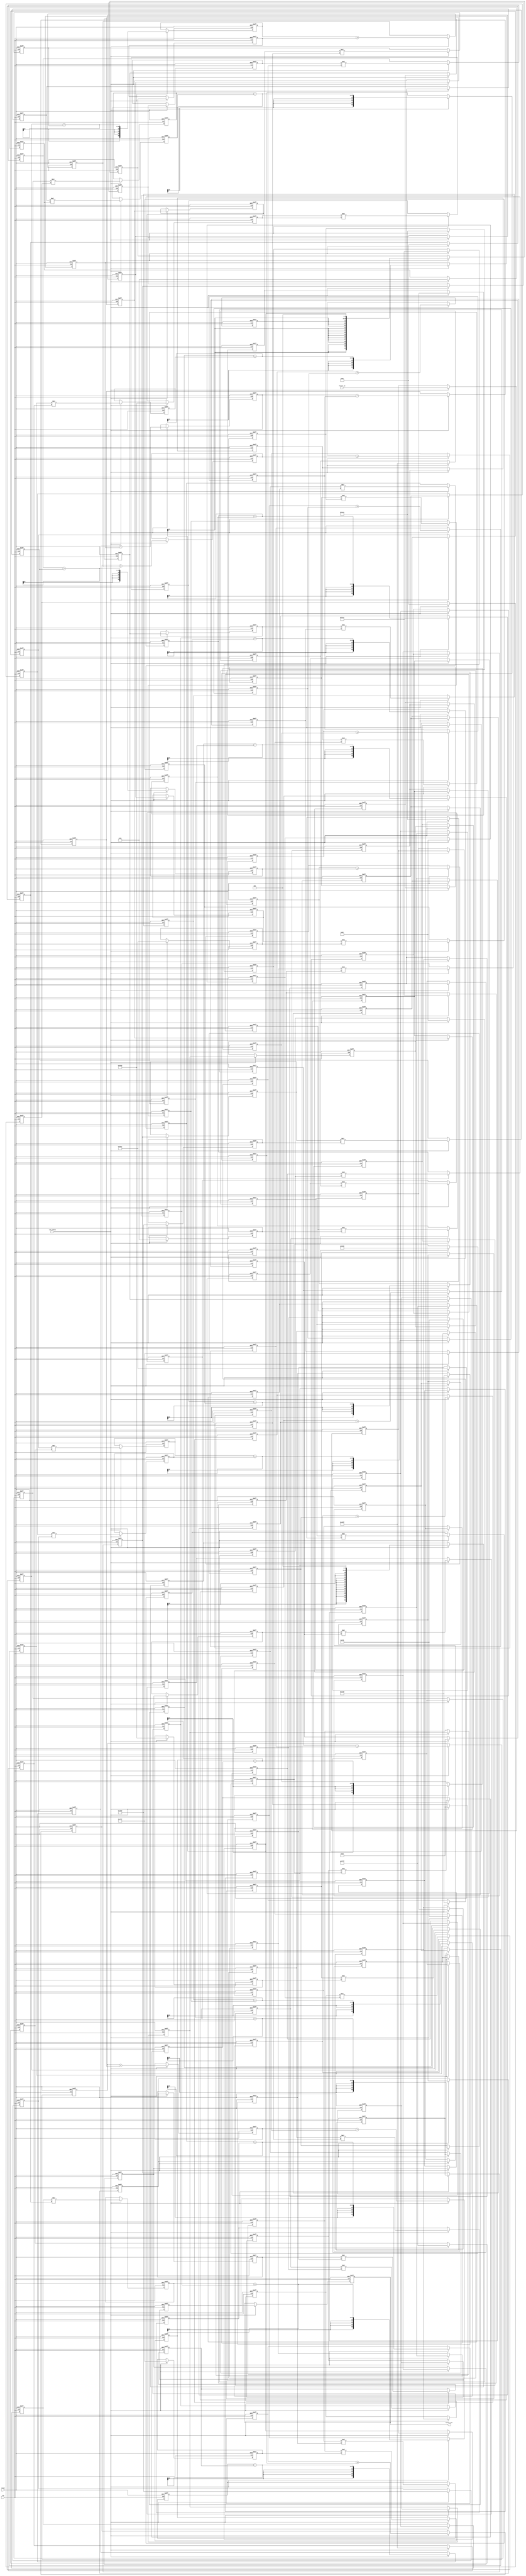
// -------------------------------------------------------------
//
// Module: fir_30_16b_1p
// Generated by MATLAB(R) 9.12 and Filter Design HDL Coder 3.1.11.
// Generated on: 2023-06-22 11:55:47
// -------------------------------------------------------------

// -------------------------------------------------------------
// HDL Code Generation Options:
//
// FIRAdderStyle: tree
// MultiplierInputPipeline: 1
// MultiplierOutputPipeline: 1
// OptimizeForHDL: on
// TargetDirectory: W:\Nikos\UTh\ \Project\FIR_30_Order\16b_fixed_point
// AddPipelineRegisters: on
// Name: fir_30_16b_1p
// InputDataType: numerictype(1,16,0)
// TargetLanguage: Verilog
// TestBenchName: fir_30_16b_1p_tb
// TestBenchStimulus: impulse step ramp chirp noise 

// Filter Specifications:
//
// Sample Rate     : 46 kHz
// Response        : Lowpass
// Specification   : N,Fp,Fst,Ap
// Stopband Edge   : 9.6 kHz
// Filter Order    : 30
// Passband Edge   : 8 kHz
// Passband Ripple : 60 dB
// -------------------------------------------------------------

// -------------------------------------------------------------
// HDL Implementation    : Fully parallel
// Folding Factor        : 1
// -------------------------------------------------------------
// Filter Settings:
//
// Discrete-Time FIR Filter (real)
// -------------------------------
// Filter Structure  : Direct-Form FIR
// Filter Length     : 31
// Stable            : Yes
// Linear Phase      : Yes (Type 1)
// Arithmetic        : fixed
// Numerator         : s16,16 -> [-5.000000e-01 5.000000e-01)
// -------------------------------------------------------------




`timescale 1 ns / 1 ns

module fir_30_16b_1p
               (
                clk,
                clk_enable,
                reset,
                filter_in,
                filter_out
                );

  input   clk; 
  input   clk_enable; 
  input   reset; 
  input   signed [15:0] filter_in; //sfix16
  output  signed [36:0] filter_out; //sfix37_En16

////////////////////////////////////////////////////////////////
//Module Architecture: fir_30_16b_1p
////////////////////////////////////////////////////////////////
  // Local Functions
  // Type Definitions
  // Constants
  parameter signed [15:0] coeff1 = 16'b0000000000001000; //sfix16_En16
  parameter signed [15:0] coeff2 = 16'b0000000000101101; //sfix16_En16
  parameter signed [15:0] coeff3 = 16'b0000000010000010; //sfix16_En16
  parameter signed [15:0] coeff4 = 16'b0000000011011110; //sfix16_En16
  parameter signed [15:0] coeff5 = 16'b0000000010001010; //sfix16_En16
  parameter signed [15:0] coeff6 = 16'b1111111000011100; //sfix16_En16
  parameter signed [15:0] coeff7 = 16'b1111011111111111; //sfix16_En16
  parameter signed [15:0] coeff8 = 16'b1110110110111000; //sfix16_En16
  parameter signed [15:0] coeff9 = 16'b1110000101101001; //sfix16_En16
  parameter signed [15:0] coeff10 = 16'b1101100001001100; //sfix16_En16
  parameter signed [15:0] coeff11 = 16'b1101100100101011; //sfix16_En16
  parameter signed [15:0] coeff12 = 16'b1110100011010111; //sfix16_En16
  parameter signed [15:0] coeff13 = 16'b0000011001111000; //sfix16_En16
  parameter signed [15:0] coeff14 = 16'b0010101000011110; //sfix16_En16
  parameter signed [15:0] coeff15 = 16'b0100011101000111; //sfix16_En16
  parameter signed [15:0] coeff16 = 16'b0101001010001001; //sfix16_En16
  parameter signed [15:0] coeff17 = 16'b0100011101000111; //sfix16_En16
  parameter signed [15:0] coeff18 = 16'b0010101000011110; //sfix16_En16
  parameter signed [15:0] coeff19 = 16'b0000011001111000; //sfix16_En16
  parameter signed [15:0] coeff20 = 16'b1110100011010111; //sfix16_En16
  parameter signed [15:0] coeff21 = 16'b1101100100101011; //sfix16_En16
  parameter signed [15:0] coeff22 = 16'b1101100001001100; //sfix16_En16
  parameter signed [15:0] coeff23 = 16'b1110000101101001; //sfix16_En16
  parameter signed [15:0] coeff24 = 16'b1110110110111000; //sfix16_En16
  parameter signed [15:0] coeff25 = 16'b1111011111111111; //sfix16_En16
  parameter signed [15:0] coeff26 = 16'b1111111000011100; //sfix16_En16
  parameter signed [15:0] coeff27 = 16'b0000000010001010; //sfix16_En16
  parameter signed [15:0] coeff28 = 16'b0000000011011110; //sfix16_En16
  parameter signed [15:0] coeff29 = 16'b0000000010000010; //sfix16_En16
  parameter signed [15:0] coeff30 = 16'b0000000000101101; //sfix16_En16
  parameter signed [15:0] coeff31 = 16'b0000000000001000; //sfix16_En16

  // Signals
  reg  signed [15:0] delay_pipeline [0:30] ; // sfix16
  reg  signed [31:0] product31; // sfix32_En16
  reg  signed [15:0] delay_pipeline_30_pipe; // sfix16
  wire signed [31:0] product31_pipe; // sfix32_En16
  wire signed [31:0] product30; // sfix32_En16
  reg  signed [15:0] delay_pipeline_29_under_pipe; // sfix16
  reg  signed [15:0] coeff30_pipe; // sfix16_En16
  reg  signed [31:0] product30_pipe; // sfix32_En16
  wire signed [31:0] product29; // sfix32_En16
  reg  signed [15:0] delay_pipeline_28_under_pipe; // sfix16
  reg  signed [15:0] coeff29_pipe; // sfix16_En16
  reg  signed [31:0] product29_pipe; // sfix32_En16
  wire signed [31:0] product28; // sfix32_En16
  reg  signed [15:0] delay_pipeline_27_under_pipe; // sfix16
  reg  signed [15:0] coeff28_pipe; // sfix16_En16
  reg  signed [31:0] product28_pipe; // sfix32_En16
  wire signed [31:0] product27; // sfix32_En16
  reg  signed [15:0] delay_pipeline_26_under_pipe; // sfix16
  reg  signed [15:0] coeff27_pipe; // sfix16_En16
  reg  signed [31:0] product27_pipe; // sfix32_En16
  wire signed [31:0] product26; // sfix32_En16
  reg  signed [15:0] delay_pipeline_25_under_pipe; // sfix16
  reg  signed [15:0] coeff26_pipe; // sfix16_En16
  reg  signed [31:0] product26_pipe; // sfix32_En16
  wire signed [31:0] product25; // sfix32_En16
  reg  signed [15:0] delay_pipeline_24_under_pipe; // sfix16
  reg  signed [15:0] coeff25_pipe; // sfix16_En16
  reg  signed [31:0] product25_pipe; // sfix32_En16
  wire signed [31:0] product24; // sfix32_En16
  reg  signed [15:0] delay_pipeline_23_under_pipe; // sfix16
  reg  signed [15:0] coeff24_pipe; // sfix16_En16
  reg  signed [31:0] product24_pipe; // sfix32_En16
  wire signed [31:0] product23; // sfix32_En16
  reg  signed [15:0] delay_pipeline_22_under_pipe; // sfix16
  reg  signed [15:0] coeff23_pipe; // sfix16_En16
  reg  signed [31:0] product23_pipe; // sfix32_En16
  wire signed [31:0] product22; // sfix32_En16
  reg  signed [15:0] delay_pipeline_21_under_pipe; // sfix16
  reg  signed [15:0] coeff22_pipe; // sfix16_En16
  reg  signed [31:0] product22_pipe; // sfix32_En16
  wire signed [31:0] product21; // sfix32_En16
  reg  signed [15:0] delay_pipeline_20_under_pipe; // sfix16
  reg  signed [15:0] coeff21_pipe; // sfix16_En16
  reg  signed [31:0] product21_pipe; // sfix32_En16
  wire signed [31:0] product20; // sfix32_En16
  reg  signed [15:0] delay_pipeline_19_under_pipe; // sfix16
  reg  signed [15:0] coeff20_pipe; // sfix16_En16
  reg  signed [31:0] product20_pipe; // sfix32_En16
  wire signed [31:0] product19; // sfix32_En16
  reg  signed [15:0] delay_pipeline_18_under_pipe; // sfix16
  reg  signed [15:0] coeff19_pipe; // sfix16_En16
  reg  signed [31:0] product19_pipe; // sfix32_En16
  wire signed [31:0] product18; // sfix32_En16
  reg  signed [15:0] delay_pipeline_17_under_pipe; // sfix16
  reg  signed [15:0] coeff18_pipe; // sfix16_En16
  reg  signed [31:0] product18_pipe; // sfix32_En16
  wire signed [31:0] product17; // sfix32_En16
  reg  signed [15:0] delay_pipeline_16_under_pipe; // sfix16
  reg  signed [15:0] coeff17_pipe; // sfix16_En16
  reg  signed [31:0] product17_pipe; // sfix32_En16
  wire signed [31:0] product16; // sfix32_En16
  reg  signed [15:0] delay_pipeline_15_under_pipe; // sfix16
  reg  signed [15:0] coeff16_pipe; // sfix16_En16
  reg  signed [31:0] product16_pipe; // sfix32_En16
  wire signed [31:0] product15; // sfix32_En16
  reg  signed [15:0] delay_pipeline_14_under_pipe; // sfix16
  reg  signed [15:0] coeff15_pipe; // sfix16_En16
  reg  signed [31:0] product15_pipe; // sfix32_En16
  wire signed [31:0] product14; // sfix32_En16
  reg  signed [15:0] delay_pipeline_13_under_pipe; // sfix16
  reg  signed [15:0] coeff14_pipe; // sfix16_En16
  reg  signed [31:0] product14_pipe; // sfix32_En16
  wire signed [31:0] product13; // sfix32_En16
  reg  signed [15:0] delay_pipeline_12_under_pipe; // sfix16
  reg  signed [15:0] coeff13_pipe; // sfix16_En16
  reg  signed [31:0] product13_pipe; // sfix32_En16
  wire signed [31:0] product12; // sfix32_En16
  reg  signed [15:0] delay_pipeline_11_under_pipe; // sfix16
  reg  signed [15:0] coeff12_pipe; // sfix16_En16
  reg  signed [31:0] product12_pipe; // sfix32_En16
  wire signed [31:0] product11; // sfix32_En16
  reg  signed [15:0] delay_pipeline_10_under_pipe; // sfix16
  reg  signed [15:0] coeff11_pipe; // sfix16_En16
  reg  signed [31:0] product11_pipe; // sfix32_En16
  wire signed [31:0] product10; // sfix32_En16
  reg  signed [15:0] delay_pipeline_9_under_pipe; // sfix16
  reg  signed [15:0] coeff10_pipe; // sfix16_En16
  reg  signed [31:0] product10_pipe; // sfix32_En16
  wire signed [31:0] product9; // sfix32_En16
  reg  signed [15:0] delay_pipeline_8_under_pipe; // sfix16
  reg  signed [15:0] coeff9_pipe; // sfix16_En16
  reg  signed [31:0] product9_pipe; // sfix32_En16
  wire signed [31:0] product8; // sfix32_En16
  reg  signed [15:0] delay_pipeline_7_under_pipe; // sfix16
  reg  signed [15:0] coeff8_pipe; // sfix16_En16
  reg  signed [31:0] product8_pipe; // sfix32_En16
  wire signed [31:0] product7; // sfix32_En16
  reg  signed [15:0] delay_pipeline_6_under_pipe; // sfix16
  reg  signed [15:0] coeff7_pipe; // sfix16_En16
  reg  signed [31:0] product7_pipe; // sfix32_En16
  wire signed [31:0] product6; // sfix32_En16
  reg  signed [15:0] delay_pipeline_5_under_pipe; // sfix16
  reg  signed [15:0] coeff6_pipe; // sfix16_En16
  reg  signed [31:0] product6_pipe; // sfix32_En16
  wire signed [31:0] product5; // sfix32_En16
  reg  signed [15:0] delay_pipeline_4_under_pipe; // sfix16
  reg  signed [15:0] coeff5_pipe; // sfix16_En16
  reg  signed [31:0] product5_pipe; // sfix32_En16
  wire signed [31:0] product4; // sfix32_En16
  reg  signed [15:0] delay_pipeline_3_under_pipe; // sfix16
  reg  signed [15:0] coeff4_pipe; // sfix16_En16
  reg  signed [31:0] product4_pipe; // sfix32_En16
  wire signed [31:0] product3; // sfix32_En16
  reg  signed [15:0] delay_pipeline_2_under_pipe; // sfix16
  reg  signed [15:0] coeff3_pipe; // sfix16_En16
  reg  signed [31:0] product3_pipe; // sfix32_En16
  wire signed [31:0] product2; // sfix32_En16
  reg  signed [15:0] delay_pipeline_1_under_pipe; // sfix16
  reg  signed [15:0] coeff2_pipe; // sfix16_En16
  reg  signed [31:0] product2_pipe; // sfix32_En16
  reg  signed [31:0] product1; // sfix32_En16
  reg  signed [15:0] delay_pipeline_0_pipe; // sfix16
  wire signed [31:0] product1_pipe; // sfix32_En16
  wire signed [36:0] sum_final; // sfix37_En16
  wire signed [36:0] sum1_1; // sfix37_En16
  wire signed [31:0] add_signext; // sfix32_En16
  wire signed [31:0] add_signext_1; // sfix32_En16
  wire signed [32:0] add_temp; // sfix33_En16
  reg  signed [36:0] sumpipe1_1; // sfix37_En16
  wire signed [36:0] sum1_2; // sfix37_En16
  wire signed [31:0] add_signext_2; // sfix32_En16
  wire signed [31:0] add_signext_3; // sfix32_En16
  wire signed [32:0] add_temp_1; // sfix33_En16
  reg  signed [36:0] sumpipe1_2; // sfix37_En16
  wire signed [36:0] sum1_3; // sfix37_En16
  wire signed [31:0] add_signext_4; // sfix32_En16
  wire signed [31:0] add_signext_5; // sfix32_En16
  wire signed [32:0] add_temp_2; // sfix33_En16
  reg  signed [36:0] sumpipe1_3; // sfix37_En16
  wire signed [36:0] sum1_4; // sfix37_En16
  wire signed [31:0] add_signext_6; // sfix32_En16
  wire signed [31:0] add_signext_7; // sfix32_En16
  wire signed [32:0] add_temp_3; // sfix33_En16
  reg  signed [36:0] sumpipe1_4; // sfix37_En16
  wire signed [36:0] sum1_5; // sfix37_En16
  wire signed [31:0] add_signext_8; // sfix32_En16
  wire signed [31:0] add_signext_9; // sfix32_En16
  wire signed [32:0] add_temp_4; // sfix33_En16
  reg  signed [36:0] sumpipe1_5; // sfix37_En16
  wire signed [36:0] sum1_6; // sfix37_En16
  wire signed [31:0] add_signext_10; // sfix32_En16
  wire signed [31:0] add_signext_11; // sfix32_En16
  wire signed [32:0] add_temp_5; // sfix33_En16
  reg  signed [36:0] sumpipe1_6; // sfix37_En16
  wire signed [36:0] sum1_7; // sfix37_En16
  wire signed [31:0] add_signext_12; // sfix32_En16
  wire signed [31:0] add_signext_13; // sfix32_En16
  wire signed [32:0] add_temp_6; // sfix33_En16
  reg  signed [36:0] sumpipe1_7; // sfix37_En16
  wire signed [36:0] sum1_8; // sfix37_En16
  wire signed [31:0] add_signext_14; // sfix32_En16
  wire signed [31:0] add_signext_15; // sfix32_En16
  wire signed [32:0] add_temp_7; // sfix33_En16
  reg  signed [36:0] sumpipe1_8; // sfix37_En16
  wire signed [36:0] sum1_9; // sfix37_En16
  wire signed [31:0] add_signext_16; // sfix32_En16
  wire signed [31:0] add_signext_17; // sfix32_En16
  wire signed [32:0] add_temp_8; // sfix33_En16
  reg  signed [36:0] sumpipe1_9; // sfix37_En16
  wire signed [36:0] sum1_10; // sfix37_En16
  wire signed [31:0] add_signext_18; // sfix32_En16
  wire signed [31:0] add_signext_19; // sfix32_En16
  wire signed [32:0] add_temp_9; // sfix33_En16
  reg  signed [36:0] sumpipe1_10; // sfix37_En16
  wire signed [36:0] sum1_11; // sfix37_En16
  wire signed [31:0] add_signext_20; // sfix32_En16
  wire signed [31:0] add_signext_21; // sfix32_En16
  wire signed [32:0] add_temp_10; // sfix33_En16
  reg  signed [36:0] sumpipe1_11; // sfix37_En16
  wire signed [36:0] sum1_12; // sfix37_En16
  wire signed [31:0] add_signext_22; // sfix32_En16
  wire signed [31:0] add_signext_23; // sfix32_En16
  wire signed [32:0] add_temp_11; // sfix33_En16
  reg  signed [36:0] sumpipe1_12; // sfix37_En16
  wire signed [36:0] sum1_13; // sfix37_En16
  wire signed [31:0] add_signext_24; // sfix32_En16
  wire signed [31:0] add_signext_25; // sfix32_En16
  wire signed [32:0] add_temp_12; // sfix33_En16
  reg  signed [36:0] sumpipe1_13; // sfix37_En16
  wire signed [36:0] sum1_14; // sfix37_En16
  wire signed [31:0] add_signext_26; // sfix32_En16
  wire signed [31:0] add_signext_27; // sfix32_En16
  wire signed [32:0] add_temp_13; // sfix33_En16
  reg  signed [36:0] sumpipe1_14; // sfix37_En16
  wire signed [36:0] sum1_15; // sfix37_En16
  wire signed [31:0] add_signext_28; // sfix32_En16
  wire signed [31:0] add_signext_29; // sfix32_En16
  wire signed [32:0] add_temp_14; // sfix33_En16
  reg  signed [36:0] sumpipe1_15; // sfix37_En16
  reg  signed [31:0] sumpipe1_16; // sfix32_En16
  wire signed [36:0] sum2_1; // sfix37_En16
  wire signed [36:0] add_signext_30; // sfix37_En16
  wire signed [36:0] add_signext_31; // sfix37_En16
  wire signed [37:0] add_temp_15; // sfix38_En16
  reg  signed [36:0] sumpipe2_1; // sfix37_En16
  wire signed [36:0] sum2_2; // sfix37_En16
  wire signed [36:0] add_signext_32; // sfix37_En16
  wire signed [36:0] add_signext_33; // sfix37_En16
  wire signed [37:0] add_temp_16; // sfix38_En16
  reg  signed [36:0] sumpipe2_2; // sfix37_En16
  wire signed [36:0] sum2_3; // sfix37_En16
  wire signed [36:0] add_signext_34; // sfix37_En16
  wire signed [36:0] add_signext_35; // sfix37_En16
  wire signed [37:0] add_temp_17; // sfix38_En16
  reg  signed [36:0] sumpipe2_3; // sfix37_En16
  wire signed [36:0] sum2_4; // sfix37_En16
  wire signed [36:0] add_signext_36; // sfix37_En16
  wire signed [36:0] add_signext_37; // sfix37_En16
  wire signed [37:0] add_temp_18; // sfix38_En16
  reg  signed [36:0] sumpipe2_4; // sfix37_En16
  wire signed [36:0] sum2_5; // sfix37_En16
  wire signed [36:0] add_signext_38; // sfix37_En16
  wire signed [36:0] add_signext_39; // sfix37_En16
  wire signed [37:0] add_temp_19; // sfix38_En16
  reg  signed [36:0] sumpipe2_5; // sfix37_En16
  wire signed [36:0] sum2_6; // sfix37_En16
  wire signed [36:0] add_signext_40; // sfix37_En16
  wire signed [36:0] add_signext_41; // sfix37_En16
  wire signed [37:0] add_temp_20; // sfix38_En16
  reg  signed [36:0] sumpipe2_6; // sfix37_En16
  wire signed [36:0] sum2_7; // sfix37_En16
  wire signed [36:0] add_signext_42; // sfix37_En16
  wire signed [36:0] add_signext_43; // sfix37_En16
  wire signed [37:0] add_temp_21; // sfix38_En16
  reg  signed [36:0] sumpipe2_7; // sfix37_En16
  wire signed [36:0] sum2_8; // sfix37_En16
  wire signed [36:0] add_signext_44; // sfix37_En16
  wire signed [36:0] add_signext_45; // sfix37_En16
  wire signed [37:0] add_temp_22; // sfix38_En16
  reg  signed [36:0] sumpipe2_8; // sfix37_En16
  wire signed [36:0] sum3_1; // sfix37_En16
  wire signed [36:0] add_signext_46; // sfix37_En16
  wire signed [36:0] add_signext_47; // sfix37_En16
  wire signed [37:0] add_temp_23; // sfix38_En16
  reg  signed [36:0] sumpipe3_1; // sfix37_En16
  wire signed [36:0] sum3_2; // sfix37_En16
  wire signed [36:0] add_signext_48; // sfix37_En16
  wire signed [36:0] add_signext_49; // sfix37_En16
  wire signed [37:0] add_temp_24; // sfix38_En16
  reg  signed [36:0] sumpipe3_2; // sfix37_En16
  wire signed [36:0] sum3_3; // sfix37_En16
  wire signed [36:0] add_signext_50; // sfix37_En16
  wire signed [36:0] add_signext_51; // sfix37_En16
  wire signed [37:0] add_temp_25; // sfix38_En16
  reg  signed [36:0] sumpipe3_3; // sfix37_En16
  wire signed [36:0] sum3_4; // sfix37_En16
  wire signed [36:0] add_signext_52; // sfix37_En16
  wire signed [36:0] add_signext_53; // sfix37_En16
  wire signed [37:0] add_temp_26; // sfix38_En16
  reg  signed [36:0] sumpipe3_4; // sfix37_En16
  wire signed [36:0] sum4_1; // sfix37_En16
  wire signed [36:0] add_signext_54; // sfix37_En16
  wire signed [36:0] add_signext_55; // sfix37_En16
  wire signed [37:0] add_temp_27; // sfix38_En16
  reg  signed [36:0] sumpipe4_1; // sfix37_En16
  wire signed [36:0] sum4_2; // sfix37_En16
  wire signed [36:0] add_signext_56; // sfix37_En16
  wire signed [36:0] add_signext_57; // sfix37_En16
  wire signed [37:0] add_temp_28; // sfix38_En16
  reg  signed [36:0] sumpipe4_2; // sfix37_En16
  wire signed [36:0] sum5_1; // sfix37_En16
  wire signed [36:0] add_signext_58; // sfix37_En16
  wire signed [36:0] add_signext_59; // sfix37_En16
  wire signed [37:0] add_temp_29; // sfix38_En16
  reg  signed [36:0] sumpipe5_1; // sfix37_En16
  reg  signed [36:0] output_register; // sfix37_En16

  // Block Statements
  always @( posedge clk or posedge reset)
    begin: Delay_Pipeline_process
      if (reset == 1'b1) begin
        delay_pipeline[0] <= 0;
        delay_pipeline[1] <= 0;
        delay_pipeline[2] <= 0;
        delay_pipeline[3] <= 0;
        delay_pipeline[4] <= 0;
        delay_pipeline[5] <= 0;
        delay_pipeline[6] <= 0;
        delay_pipeline[7] <= 0;
        delay_pipeline[8] <= 0;
        delay_pipeline[9] <= 0;
        delay_pipeline[10] <= 0;
        delay_pipeline[11] <= 0;
        delay_pipeline[12] <= 0;
        delay_pipeline[13] <= 0;
        delay_pipeline[14] <= 0;
        delay_pipeline[15] <= 0;
        delay_pipeline[16] <= 0;
        delay_pipeline[17] <= 0;
        delay_pipeline[18] <= 0;
        delay_pipeline[19] <= 0;
        delay_pipeline[20] <= 0;
        delay_pipeline[21] <= 0;
        delay_pipeline[22] <= 0;
        delay_pipeline[23] <= 0;
        delay_pipeline[24] <= 0;
        delay_pipeline[25] <= 0;
        delay_pipeline[26] <= 0;
        delay_pipeline[27] <= 0;
        delay_pipeline[28] <= 0;
        delay_pipeline[29] <= 0;
        delay_pipeline[30] <= 0;
      end
      else begin
        if (clk_enable == 1'b1) begin
          delay_pipeline[0] <= filter_in;
          delay_pipeline[1] <= delay_pipeline[0];
          delay_pipeline[2] <= delay_pipeline[1];
          delay_pipeline[3] <= delay_pipeline[2];
          delay_pipeline[4] <= delay_pipeline[3];
          delay_pipeline[5] <= delay_pipeline[4];
          delay_pipeline[6] <= delay_pipeline[5];
          delay_pipeline[7] <= delay_pipeline[6];
          delay_pipeline[8] <= delay_pipeline[7];
          delay_pipeline[9] <= delay_pipeline[8];
          delay_pipeline[10] <= delay_pipeline[9];
          delay_pipeline[11] <= delay_pipeline[10];
          delay_pipeline[12] <= delay_pipeline[11];
          delay_pipeline[13] <= delay_pipeline[12];
          delay_pipeline[14] <= delay_pipeline[13];
          delay_pipeline[15] <= delay_pipeline[14];
          delay_pipeline[16] <= delay_pipeline[15];
          delay_pipeline[17] <= delay_pipeline[16];
          delay_pipeline[18] <= delay_pipeline[17];
          delay_pipeline[19] <= delay_pipeline[18];
          delay_pipeline[20] <= delay_pipeline[19];
          delay_pipeline[21] <= delay_pipeline[20];
          delay_pipeline[22] <= delay_pipeline[21];
          delay_pipeline[23] <= delay_pipeline[22];
          delay_pipeline[24] <= delay_pipeline[23];
          delay_pipeline[25] <= delay_pipeline[24];
          delay_pipeline[26] <= delay_pipeline[25];
          delay_pipeline[27] <= delay_pipeline[26];
          delay_pipeline[28] <= delay_pipeline[27];
          delay_pipeline[29] <= delay_pipeline[28];
          delay_pipeline[30] <= delay_pipeline[29];
        end
      end
    end // Delay_Pipeline_process


  always @ (posedge clk or posedge reset)
    begin: temp_process1
      if (reset == 1'b1) begin
        delay_pipeline_30_pipe <= 0;
      end
      else begin
        if (clk_enable == 1'b1) begin
          delay_pipeline_30_pipe <= delay_pipeline[30];
        end
      end
    end // temp_process1
  always @ (posedge clk or posedge reset)
    begin: temp_process2
      if (reset == 1'b1) begin
        product31 <= 0;
      end
      else begin
        if (clk_enable == 1'b1) begin
          product31 <= product31_pipe;
        end
      end
    end // temp_process2
  assign product31_pipe = $signed({delay_pipeline_30_pipe[15:0], 3'b000});

  always @ (posedge clk or posedge reset)
    begin: temp_process3
      if (reset == 1'b1) begin
        delay_pipeline_29_under_pipe <= 0;
        coeff30_pipe <= 0;
        product30_pipe <= 0;
      end
      else begin
        if (clk_enable == 1'b1) begin
          delay_pipeline_29_under_pipe <= delay_pipeline[29];
          coeff30_pipe <= coeff30;

          product30_pipe <= delay_pipeline_29_under_pipe * coeff30_pipe;

        end
      end
    end // temp_process3

  assign product30 = product30_pipe;

  always @ (posedge clk or posedge reset)
    begin: temp_process4
      if (reset == 1'b1) begin
        delay_pipeline_28_under_pipe <= 0;
        coeff29_pipe <= 0;
        product29_pipe <= 0;
      end
      else begin
        if (clk_enable == 1'b1) begin
          delay_pipeline_28_under_pipe <= delay_pipeline[28];
          coeff29_pipe <= coeff29;

          product29_pipe <= delay_pipeline_28_under_pipe * coeff29_pipe;

        end
      end
    end // temp_process4

  assign product29 = product29_pipe;

  always @ (posedge clk or posedge reset)
    begin: temp_process5
      if (reset == 1'b1) begin
        delay_pipeline_27_under_pipe <= 0;
        coeff28_pipe <= 0;
        product28_pipe <= 0;
      end
      else begin
        if (clk_enable == 1'b1) begin
          delay_pipeline_27_under_pipe <= delay_pipeline[27];
          coeff28_pipe <= coeff28;

          product28_pipe <= delay_pipeline_27_under_pipe * coeff28_pipe;

        end
      end
    end // temp_process5

  assign product28 = product28_pipe;

  always @ (posedge clk or posedge reset)
    begin: temp_process6
      if (reset == 1'b1) begin
        delay_pipeline_26_under_pipe <= 0;
        coeff27_pipe <= 0;
        product27_pipe <= 0;
      end
      else begin
        if (clk_enable == 1'b1) begin
          delay_pipeline_26_under_pipe <= delay_pipeline[26];
          coeff27_pipe <= coeff27;

          product27_pipe <= delay_pipeline_26_under_pipe * coeff27_pipe;

        end
      end
    end // temp_process6

  assign product27 = product27_pipe;

  always @ (posedge clk or posedge reset)
    begin: temp_process7
      if (reset == 1'b1) begin
        delay_pipeline_25_under_pipe <= 0;
        coeff26_pipe <= 0;
        product26_pipe <= 0;
      end
      else begin
        if (clk_enable == 1'b1) begin
          delay_pipeline_25_under_pipe <= delay_pipeline[25];
          coeff26_pipe <= coeff26;

          product26_pipe <= delay_pipeline_25_under_pipe * coeff26_pipe;

        end
      end
    end // temp_process7

  assign product26 = product26_pipe;

  always @ (posedge clk or posedge reset)
    begin: temp_process8
      if (reset == 1'b1) begin
        delay_pipeline_24_under_pipe <= 0;
        coeff25_pipe <= 0;
        product25_pipe <= 0;
      end
      else begin
        if (clk_enable == 1'b1) begin
          delay_pipeline_24_under_pipe <= delay_pipeline[24];
          coeff25_pipe <= coeff25;

          product25_pipe <= delay_pipeline_24_under_pipe * coeff25_pipe;

        end
      end
    end // temp_process8

  assign product25 = product25_pipe;

  always @ (posedge clk or posedge reset)
    begin: temp_process9
      if (reset == 1'b1) begin
        delay_pipeline_23_under_pipe <= 0;
        coeff24_pipe <= 0;
        product24_pipe <= 0;
      end
      else begin
        if (clk_enable == 1'b1) begin
          delay_pipeline_23_under_pipe <= delay_pipeline[23];
          coeff24_pipe <= coeff24;

          product24_pipe <= delay_pipeline_23_under_pipe * coeff24_pipe;

        end
      end
    end // temp_process9

  assign product24 = product24_pipe;

  always @ (posedge clk or posedge reset)
    begin: temp_process10
      if (reset == 1'b1) begin
        delay_pipeline_22_under_pipe <= 0;
        coeff23_pipe <= 0;
        product23_pipe <= 0;
      end
      else begin
        if (clk_enable == 1'b1) begin
          delay_pipeline_22_under_pipe <= delay_pipeline[22];
          coeff23_pipe <= coeff23;

          product23_pipe <= delay_pipeline_22_under_pipe * coeff23_pipe;

        end
      end
    end // temp_process10

  assign product23 = product23_pipe;

  always @ (posedge clk or posedge reset)
    begin: temp_process11
      if (reset == 1'b1) begin
        delay_pipeline_21_under_pipe <= 0;
        coeff22_pipe <= 0;
        product22_pipe <= 0;
      end
      else begin
        if (clk_enable == 1'b1) begin
          delay_pipeline_21_under_pipe <= delay_pipeline[21];
          coeff22_pipe <= coeff22;

          product22_pipe <= delay_pipeline_21_under_pipe * coeff22_pipe;

        end
      end
    end // temp_process11

  assign product22 = product22_pipe;

  always @ (posedge clk or posedge reset)
    begin: temp_process12
      if (reset == 1'b1) begin
        delay_pipeline_20_under_pipe <= 0;
        coeff21_pipe <= 0;
        product21_pipe <= 0;
      end
      else begin
        if (clk_enable == 1'b1) begin
          delay_pipeline_20_under_pipe <= delay_pipeline[20];
          coeff21_pipe <= coeff21;

          product21_pipe <= delay_pipeline_20_under_pipe * coeff21_pipe;

        end
      end
    end // temp_process12

  assign product21 = product21_pipe;

  always @ (posedge clk or posedge reset)
    begin: temp_process13
      if (reset == 1'b1) begin
        delay_pipeline_19_under_pipe <= 0;
        coeff20_pipe <= 0;
        product20_pipe <= 0;
      end
      else begin
        if (clk_enable == 1'b1) begin
          delay_pipeline_19_under_pipe <= delay_pipeline[19];
          coeff20_pipe <= coeff20;

          product20_pipe <= delay_pipeline_19_under_pipe * coeff20_pipe;

        end
      end
    end // temp_process13

  assign product20 = product20_pipe;

  always @ (posedge clk or posedge reset)
    begin: temp_process14
      if (reset == 1'b1) begin
        delay_pipeline_18_under_pipe <= 0;
        coeff19_pipe <= 0;
        product19_pipe <= 0;
      end
      else begin
        if (clk_enable == 1'b1) begin
          delay_pipeline_18_under_pipe <= delay_pipeline[18];
          coeff19_pipe <= coeff19;

          product19_pipe <= delay_pipeline_18_under_pipe * coeff19_pipe;

        end
      end
    end // temp_process14

  assign product19 = product19_pipe;

  always @ (posedge clk or posedge reset)
    begin: temp_process15
      if (reset == 1'b1) begin
        delay_pipeline_17_under_pipe <= 0;
        coeff18_pipe <= 0;
        product18_pipe <= 0;
      end
      else begin
        if (clk_enable == 1'b1) begin
          delay_pipeline_17_under_pipe <= delay_pipeline[17];
          coeff18_pipe <= coeff18;

          product18_pipe <= delay_pipeline_17_under_pipe * coeff18_pipe;

        end
      end
    end // temp_process15

  assign product18 = product18_pipe;

  always @ (posedge clk or posedge reset)
    begin: temp_process16
      if (reset == 1'b1) begin
        delay_pipeline_16_under_pipe <= 0;
        coeff17_pipe <= 0;
        product17_pipe <= 0;
      end
      else begin
        if (clk_enable == 1'b1) begin
          delay_pipeline_16_under_pipe <= delay_pipeline[16];
          coeff17_pipe <= coeff17;

          product17_pipe <= delay_pipeline_16_under_pipe * coeff17_pipe;

        end
      end
    end // temp_process16

  assign product17 = product17_pipe;

  always @ (posedge clk or posedge reset)
    begin: temp_process17
      if (reset == 1'b1) begin
        delay_pipeline_15_under_pipe <= 0;
        coeff16_pipe <= 0;
        product16_pipe <= 0;
      end
      else begin
        if (clk_enable == 1'b1) begin
          delay_pipeline_15_under_pipe <= delay_pipeline[15];
          coeff16_pipe <= coeff16;

          product16_pipe <= delay_pipeline_15_under_pipe * coeff16_pipe;

        end
      end
    end // temp_process17

  assign product16 = product16_pipe;

  always @ (posedge clk or posedge reset)
    begin: temp_process18
      if (reset == 1'b1) begin
        delay_pipeline_14_under_pipe <= 0;
        coeff15_pipe <= 0;
        product15_pipe <= 0;
      end
      else begin
        if (clk_enable == 1'b1) begin
          delay_pipeline_14_under_pipe <= delay_pipeline[14];
          coeff15_pipe <= coeff15;

          product15_pipe <= delay_pipeline_14_under_pipe * coeff15_pipe;

        end
      end
    end // temp_process18

  assign product15 = product15_pipe;

  always @ (posedge clk or posedge reset)
    begin: temp_process19
      if (reset == 1'b1) begin
        delay_pipeline_13_under_pipe <= 0;
        coeff14_pipe <= 0;
        product14_pipe <= 0;
      end
      else begin
        if (clk_enable == 1'b1) begin
          delay_pipeline_13_under_pipe <= delay_pipeline[13];
          coeff14_pipe <= coeff14;

          product14_pipe <= delay_pipeline_13_under_pipe * coeff14_pipe;

        end
      end
    end // temp_process19

  assign product14 = product14_pipe;

  always @ (posedge clk or posedge reset)
    begin: temp_process20
      if (reset == 1'b1) begin
        delay_pipeline_12_under_pipe <= 0;
        coeff13_pipe <= 0;
        product13_pipe <= 0;
      end
      else begin
        if (clk_enable == 1'b1) begin
          delay_pipeline_12_under_pipe <= delay_pipeline[12];
          coeff13_pipe <= coeff13;

          product13_pipe <= delay_pipeline_12_under_pipe * coeff13_pipe;

        end
      end
    end // temp_process20

  assign product13 = product13_pipe;

  always @ (posedge clk or posedge reset)
    begin: temp_process21
      if (reset == 1'b1) begin
        delay_pipeline_11_under_pipe <= 0;
        coeff12_pipe <= 0;
        product12_pipe <= 0;
      end
      else begin
        if (clk_enable == 1'b1) begin
          delay_pipeline_11_under_pipe <= delay_pipeline[11];
          coeff12_pipe <= coeff12;

          product12_pipe <= delay_pipeline_11_under_pipe * coeff12_pipe;

        end
      end
    end // temp_process21

  assign product12 = product12_pipe;

  always @ (posedge clk or posedge reset)
    begin: temp_process22
      if (reset == 1'b1) begin
        delay_pipeline_10_under_pipe <= 0;
        coeff11_pipe <= 0;
        product11_pipe <= 0;
      end
      else begin
        if (clk_enable == 1'b1) begin
          delay_pipeline_10_under_pipe <= delay_pipeline[10];
          coeff11_pipe <= coeff11;

          product11_pipe <= delay_pipeline_10_under_pipe * coeff11_pipe;

        end
      end
    end // temp_process22

  assign product11 = product11_pipe;

  always @ (posedge clk or posedge reset)
    begin: temp_process23
      if (reset == 1'b1) begin
        delay_pipeline_9_under_pipe <= 0;
        coeff10_pipe <= 0;
        product10_pipe <= 0;
      end
      else begin
        if (clk_enable == 1'b1) begin
          delay_pipeline_9_under_pipe <= delay_pipeline[9];
          coeff10_pipe <= coeff10;

          product10_pipe <= delay_pipeline_9_under_pipe * coeff10_pipe;

        end
      end
    end // temp_process23

  assign product10 = product10_pipe;

  always @ (posedge clk or posedge reset)
    begin: temp_process24
      if (reset == 1'b1) begin
        delay_pipeline_8_under_pipe <= 0;
        coeff9_pipe <= 0;
        product9_pipe <= 0;
      end
      else begin
        if (clk_enable == 1'b1) begin
          delay_pipeline_8_under_pipe <= delay_pipeline[8];
          coeff9_pipe <= coeff9;

          product9_pipe <= delay_pipeline_8_under_pipe * coeff9_pipe;

        end
      end
    end // temp_process24

  assign product9 = product9_pipe;

  always @ (posedge clk or posedge reset)
    begin: temp_process25
      if (reset == 1'b1) begin
        delay_pipeline_7_under_pipe <= 0;
        coeff8_pipe <= 0;
        product8_pipe <= 0;
      end
      else begin
        if (clk_enable == 1'b1) begin
          delay_pipeline_7_under_pipe <= delay_pipeline[7];
          coeff8_pipe <= coeff8;

          product8_pipe <= delay_pipeline_7_under_pipe * coeff8_pipe;

        end
      end
    end // temp_process25

  assign product8 = product8_pipe;

  always @ (posedge clk or posedge reset)
    begin: temp_process26
      if (reset == 1'b1) begin
        delay_pipeline_6_under_pipe <= 0;
        coeff7_pipe <= 0;
        product7_pipe <= 0;
      end
      else begin
        if (clk_enable == 1'b1) begin
          delay_pipeline_6_under_pipe <= delay_pipeline[6];
          coeff7_pipe <= coeff7;

          product7_pipe <= delay_pipeline_6_under_pipe * coeff7_pipe;

        end
      end
    end // temp_process26

  assign product7 = product7_pipe;

  always @ (posedge clk or posedge reset)
    begin: temp_process27
      if (reset == 1'b1) begin
        delay_pipeline_5_under_pipe <= 0;
        coeff6_pipe <= 0;
        product6_pipe <= 0;
      end
      else begin
        if (clk_enable == 1'b1) begin
          delay_pipeline_5_under_pipe <= delay_pipeline[5];
          coeff6_pipe <= coeff6;

          product6_pipe <= delay_pipeline_5_under_pipe * coeff6_pipe;

        end
      end
    end // temp_process27

  assign product6 = product6_pipe;

  always @ (posedge clk or posedge reset)
    begin: temp_process28
      if (reset == 1'b1) begin
        delay_pipeline_4_under_pipe <= 0;
        coeff5_pipe <= 0;
        product5_pipe <= 0;
      end
      else begin
        if (clk_enable == 1'b1) begin
          delay_pipeline_4_under_pipe <= delay_pipeline[4];
          coeff5_pipe <= coeff5;

          product5_pipe <= delay_pipeline_4_under_pipe * coeff5_pipe;

        end
      end
    end // temp_process28

  assign product5 = product5_pipe;

  always @ (posedge clk or posedge reset)
    begin: temp_process29
      if (reset == 1'b1) begin
        delay_pipeline_3_under_pipe <= 0;
        coeff4_pipe <= 0;
        product4_pipe <= 0;
      end
      else begin
        if (clk_enable == 1'b1) begin
          delay_pipeline_3_under_pipe <= delay_pipeline[3];
          coeff4_pipe <= coeff4;

          product4_pipe <= delay_pipeline_3_under_pipe * coeff4_pipe;

        end
      end
    end // temp_process29

  assign product4 = product4_pipe;

  always @ (posedge clk or posedge reset)
    begin: temp_process30
      if (reset == 1'b1) begin
        delay_pipeline_2_under_pipe <= 0;
        coeff3_pipe <= 0;
        product3_pipe <= 0;
      end
      else begin
        if (clk_enable == 1'b1) begin
          delay_pipeline_2_under_pipe <= delay_pipeline[2];
          coeff3_pipe <= coeff3;

          product3_pipe <= delay_pipeline_2_under_pipe * coeff3_pipe;

        end
      end
    end // temp_process30

  assign product3 = product3_pipe;

  always @ (posedge clk or posedge reset)
    begin: temp_process31
      if (reset == 1'b1) begin
        delay_pipeline_1_under_pipe <= 0;
        coeff2_pipe <= 0;
        product2_pipe <= 0;
      end
      else begin
        if (clk_enable == 1'b1) begin
          delay_pipeline_1_under_pipe <= delay_pipeline[1];
          coeff2_pipe <= coeff2;

          product2_pipe <= delay_pipeline_1_under_pipe * coeff2_pipe;

        end
      end
    end // temp_process31

  assign product2 = product2_pipe;

  always @ (posedge clk or posedge reset)
    begin: temp_process32
      if (reset == 1'b1) begin
        delay_pipeline_0_pipe <= 0;
      end
      else begin
        if (clk_enable == 1'b1) begin
          delay_pipeline_0_pipe <= delay_pipeline[0];
        end
      end
    end // temp_process32
  always @ (posedge clk or posedge reset)
    begin: temp_process33
      if (reset == 1'b1) begin
        product1 <= 0;
      end
      else begin
        if (clk_enable == 1'b1) begin
          product1 <= product1_pipe;
        end
      end
    end // temp_process33
  assign product1_pipe = $signed({delay_pipeline_0_pipe[15:0], 3'b000});

  assign add_signext = product31;
  assign add_signext_1 = product30;
  assign add_temp = add_signext + add_signext_1;
  assign sum1_1 = $signed({{4{add_temp[32]}}, add_temp});

  assign add_signext_2 = product29;
  assign add_signext_3 = product28;
  assign add_temp_1 = add_signext_2 + add_signext_3;
  assign sum1_2 = $signed({{4{add_temp_1[32]}}, add_temp_1});

  assign add_signext_4 = product27;
  assign add_signext_5 = product26;
  assign add_temp_2 = add_signext_4 + add_signext_5;
  assign sum1_3 = $signed({{4{add_temp_2[32]}}, add_temp_2});

  assign add_signext_6 = product25;
  assign add_signext_7 = product24;
  assign add_temp_3 = add_signext_6 + add_signext_7;
  assign sum1_4 = $signed({{4{add_temp_3[32]}}, add_temp_3});

  assign add_signext_8 = product23;
  assign add_signext_9 = product22;
  assign add_temp_4 = add_signext_8 + add_signext_9;
  assign sum1_5 = $signed({{4{add_temp_4[32]}}, add_temp_4});

  assign add_signext_10 = product21;
  assign add_signext_11 = product20;
  assign add_temp_5 = add_signext_10 + add_signext_11;
  assign sum1_6 = $signed({{4{add_temp_5[32]}}, add_temp_5});

  assign add_signext_12 = product19;
  assign add_signext_13 = product18;
  assign add_temp_6 = add_signext_12 + add_signext_13;
  assign sum1_7 = $signed({{4{add_temp_6[32]}}, add_temp_6});

  assign add_signext_14 = product17;
  assign add_signext_15 = product16;
  assign add_temp_7 = add_signext_14 + add_signext_15;
  assign sum1_8 = $signed({{4{add_temp_7[32]}}, add_temp_7});

  assign add_signext_16 = product15;
  assign add_signext_17 = product14;
  assign add_temp_8 = add_signext_16 + add_signext_17;
  assign sum1_9 = $signed({{4{add_temp_8[32]}}, add_temp_8});

  assign add_signext_18 = product13;
  assign add_signext_19 = product12;
  assign add_temp_9 = add_signext_18 + add_signext_19;
  assign sum1_10 = $signed({{4{add_temp_9[32]}}, add_temp_9});

  assign add_signext_20 = product11;
  assign add_signext_21 = product10;
  assign add_temp_10 = add_signext_20 + add_signext_21;
  assign sum1_11 = $signed({{4{add_temp_10[32]}}, add_temp_10});

  assign add_signext_22 = product9;
  assign add_signext_23 = product8;
  assign add_temp_11 = add_signext_22 + add_signext_23;
  assign sum1_12 = $signed({{4{add_temp_11[32]}}, add_temp_11});

  assign add_signext_24 = product7;
  assign add_signext_25 = product6;
  assign add_temp_12 = add_signext_24 + add_signext_25;
  assign sum1_13 = $signed({{4{add_temp_12[32]}}, add_temp_12});

  assign add_signext_26 = product5;
  assign add_signext_27 = product4;
  assign add_temp_13 = add_signext_26 + add_signext_27;
  assign sum1_14 = $signed({{4{add_temp_13[32]}}, add_temp_13});

  assign add_signext_28 = product3;
  assign add_signext_29 = product2;
  assign add_temp_14 = add_signext_28 + add_signext_29;
  assign sum1_15 = $signed({{4{add_temp_14[32]}}, add_temp_14});

  always @ (posedge clk or posedge reset)
    begin: temp_process34
      if (reset == 1'b1) begin
        sumpipe1_1 <= 0;
        sumpipe1_2 <= 0;
        sumpipe1_3 <= 0;
        sumpipe1_4 <= 0;
        sumpipe1_5 <= 0;
        sumpipe1_6 <= 0;
        sumpipe1_7 <= 0;
        sumpipe1_8 <= 0;
        sumpipe1_9 <= 0;
        sumpipe1_10 <= 0;
        sumpipe1_11 <= 0;
        sumpipe1_12 <= 0;
        sumpipe1_13 <= 0;
        sumpipe1_14 <= 0;
        sumpipe1_15 <= 0;
        sumpipe1_16 <= 0;
      end
      else begin
        if (clk_enable == 1'b1) begin
          sumpipe1_1 <= sum1_1;
          sumpipe1_2 <= sum1_2;
          sumpipe1_3 <= sum1_3;
          sumpipe1_4 <= sum1_4;
          sumpipe1_5 <= sum1_5;
          sumpipe1_6 <= sum1_6;
          sumpipe1_7 <= sum1_7;
          sumpipe1_8 <= sum1_8;
          sumpipe1_9 <= sum1_9;
          sumpipe1_10 <= sum1_10;
          sumpipe1_11 <= sum1_11;
          sumpipe1_12 <= sum1_12;
          sumpipe1_13 <= sum1_13;
          sumpipe1_14 <= sum1_14;
          sumpipe1_15 <= sum1_15;
          sumpipe1_16 <= product1;
        end
      end
    end // temp_process34

  assign add_signext_30 = sumpipe1_1;
  assign add_signext_31 = sumpipe1_2;
  assign add_temp_15 = add_signext_30 + add_signext_31;
  assign sum2_1 = add_temp_15[36:0];

  assign add_signext_32 = sumpipe1_3;
  assign add_signext_33 = sumpipe1_4;
  assign add_temp_16 = add_signext_32 + add_signext_33;
  assign sum2_2 = add_temp_16[36:0];

  assign add_signext_34 = sumpipe1_5;
  assign add_signext_35 = sumpipe1_6;
  assign add_temp_17 = add_signext_34 + add_signext_35;
  assign sum2_3 = add_temp_17[36:0];

  assign add_signext_36 = sumpipe1_7;
  assign add_signext_37 = sumpipe1_8;
  assign add_temp_18 = add_signext_36 + add_signext_37;
  assign sum2_4 = add_temp_18[36:0];

  assign add_signext_38 = sumpipe1_9;
  assign add_signext_39 = sumpipe1_10;
  assign add_temp_19 = add_signext_38 + add_signext_39;
  assign sum2_5 = add_temp_19[36:0];

  assign add_signext_40 = sumpipe1_11;
  assign add_signext_41 = sumpipe1_12;
  assign add_temp_20 = add_signext_40 + add_signext_41;
  assign sum2_6 = add_temp_20[36:0];

  assign add_signext_42 = sumpipe1_13;
  assign add_signext_43 = sumpipe1_14;
  assign add_temp_21 = add_signext_42 + add_signext_43;
  assign sum2_7 = add_temp_21[36:0];

  assign add_signext_44 = sumpipe1_15;
  assign add_signext_45 = $signed({{5{sumpipe1_16[31]}}, sumpipe1_16});
  assign add_temp_22 = add_signext_44 + add_signext_45;
  assign sum2_8 = add_temp_22[36:0];

  always @ (posedge clk or posedge reset)
    begin: temp_process35
      if (reset == 1'b1) begin
        sumpipe2_1 <= 0;
        sumpipe2_2 <= 0;
        sumpipe2_3 <= 0;
        sumpipe2_4 <= 0;
        sumpipe2_5 <= 0;
        sumpipe2_6 <= 0;
        sumpipe2_7 <= 0;
        sumpipe2_8 <= 0;
      end
      else begin
        if (clk_enable == 1'b1) begin
          sumpipe2_1 <= sum2_1;
          sumpipe2_2 <= sum2_2;
          sumpipe2_3 <= sum2_3;
          sumpipe2_4 <= sum2_4;
          sumpipe2_5 <= sum2_5;
          sumpipe2_6 <= sum2_6;
          sumpipe2_7 <= sum2_7;
          sumpipe2_8 <= sum2_8;
        end
      end
    end // temp_process35

  assign add_signext_46 = sumpipe2_1;
  assign add_signext_47 = sumpipe2_2;
  assign add_temp_23 = add_signext_46 + add_signext_47;
  assign sum3_1 = add_temp_23[36:0];

  assign add_signext_48 = sumpipe2_3;
  assign add_signext_49 = sumpipe2_4;
  assign add_temp_24 = add_signext_48 + add_signext_49;
  assign sum3_2 = add_temp_24[36:0];

  assign add_signext_50 = sumpipe2_5;
  assign add_signext_51 = sumpipe2_6;
  assign add_temp_25 = add_signext_50 + add_signext_51;
  assign sum3_3 = add_temp_25[36:0];

  assign add_signext_52 = sumpipe2_7;
  assign add_signext_53 = sumpipe2_8;
  assign add_temp_26 = add_signext_52 + add_signext_53;
  assign sum3_4 = add_temp_26[36:0];

  always @ (posedge clk or posedge reset)
    begin: temp_process36
      if (reset == 1'b1) begin
        sumpipe3_1 <= 0;
        sumpipe3_2 <= 0;
        sumpipe3_3 <= 0;
        sumpipe3_4 <= 0;
      end
      else begin
        if (clk_enable == 1'b1) begin
          sumpipe3_1 <= sum3_1;
          sumpipe3_2 <= sum3_2;
          sumpipe3_3 <= sum3_3;
          sumpipe3_4 <= sum3_4;
        end
      end
    end // temp_process36

  assign add_signext_54 = sumpipe3_1;
  assign add_signext_55 = sumpipe3_2;
  assign add_temp_27 = add_signext_54 + add_signext_55;
  assign sum4_1 = add_temp_27[36:0];

  assign add_signext_56 = sumpipe3_3;
  assign add_signext_57 = sumpipe3_4;
  assign add_temp_28 = add_signext_56 + add_signext_57;
  assign sum4_2 = add_temp_28[36:0];

  always @ (posedge clk or posedge reset)
    begin: temp_process37
      if (reset == 1'b1) begin
        sumpipe4_1 <= 0;
        sumpipe4_2 <= 0;
      end
      else begin
        if (clk_enable == 1'b1) begin
          sumpipe4_1 <= sum4_1;
          sumpipe4_2 <= sum4_2;
        end
      end
    end // temp_process37

  assign add_signext_58 = sumpipe4_1;
  assign add_signext_59 = sumpipe4_2;
  assign add_temp_29 = add_signext_58 + add_signext_59;
  assign sum5_1 = add_temp_29[36:0];

  always @ (posedge clk or posedge reset)
    begin: temp_process38
      if (reset == 1'b1) begin
        sumpipe5_1 <= 0;
      end
      else begin
        if (clk_enable == 1'b1) begin
          sumpipe5_1 <= sum5_1;
        end
      end
    end // temp_process38

  assign sum_final = sumpipe5_1;

  always @ (posedge clk or posedge reset)
    begin: Output_Register_process
      if (reset == 1'b1) begin
        output_register <= 0;
      end
      else begin
        if (clk_enable == 1'b1) begin
          output_register <= sum_final;
        end
      end
    end // Output_Register_process

  // Assignment Statements
  assign filter_out = output_register;
endmodule  // fir_30_16b_1p